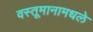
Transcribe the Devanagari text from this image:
वस्तूमानामधले